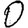
Digit: 0